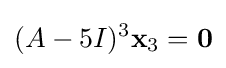
(A-5I)^{3}\mathbf {x} _{3}=\mathbf {0}